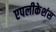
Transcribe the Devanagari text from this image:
एपलीकेशंस